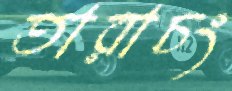
তারাচং